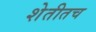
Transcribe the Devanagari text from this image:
शेतीतच